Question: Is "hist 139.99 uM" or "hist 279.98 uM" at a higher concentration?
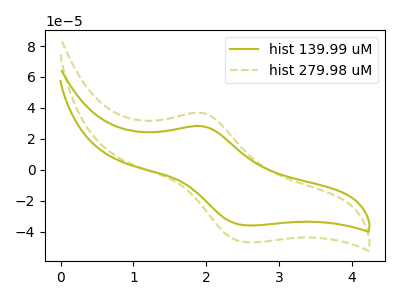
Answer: <think>The olive curve "hist 139.99 uM" has an anodic peak at (1.95V, 28.15uA) and a cathodic peak at (2.55V, -36.00uA). The olive dashed curve "hist 279.98 uM" has an anodic peak at (1.95V, 36.75uA) and a cathodic peak at (2.55V, -46.95uA).
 All the peaks in "hist 139.99 uM" have a peak in "hist 279.98 uM" at the same potential. Every peak in "hist 139.99 uM" is lower than every peak in "hist 279.98 uM".</think>
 <answer>"hist 139.99 uM" has less signal than "hist 279.98 uM" and so likely has a lower concentration.</answer>
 <eval>less_concentration</eval>